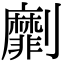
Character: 劘